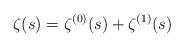
LaTeX: \begin{align*}\zeta(s)=\zeta^{(0)}(s)+\zeta^{(1)}(s)\end{align*}